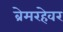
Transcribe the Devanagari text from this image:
ब्रेमरहेवर